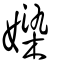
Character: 媣